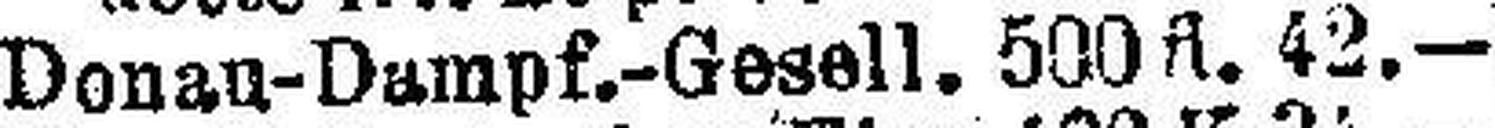
Donau-Dampf.-Gesell. 500 fl. 42.—